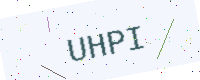
Text: UHPI